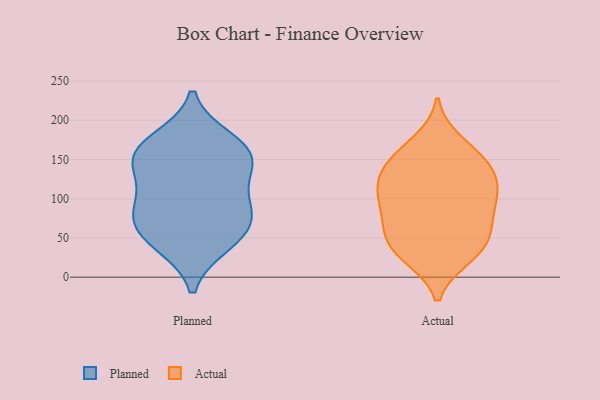
{"axis": {"x": "Humidity (%)", "y": "Value"}, "legend": ["Actual", "Planned"], "data": [{"x": "", "y": 73, "type": "Planned"}, {"x": "", "y": 70, "type": "Planned"}, {"x": "", "y": 140, "type": "Planned"}, {"x": "", "y": 99, "type": "Planned"}, {"x": "", "y": 156, "type": "Planned"}, {"x": "", "y": 94, "type": "Planned"}, {"x": "", "y": 174, "type": "Planned"}, {"x": "", "y": 43, "type": "Planned"}, {"x": "", "y": 162, "type": "Planned"}, {"x": "", "y": 147, "type": "Planned"}, {"x": "", "y": 49, "type": "Planned"}, {"x": "", "y": 101, "type": "Actual"}, {"x": "", "y": 47, "type": "Actual"}, {"x": "", "y": 130, "type": "Actual"}, {"x": "", "y": 134, "type": "Actual"}, {"x": "", "y": 88, "type": "Actual"}, {"x": "", "y": 25, "type": "Actual"}, {"x": "", "y": 26, "type": "Actual"}, {"x": "", "y": 106, "type": "Actual"}, {"x": "", "y": 163, "type": "Actual"}, {"x": "", "y": 173, "type": "Actual"}, {"x": "", "y": 92, "type": "Actual"}, {"x": "", "y": 55, "type": "Actual"}, {"x": "", "y": 82, "type": "Actual"}, {"x": "", "y": 115, "type": "Actual"}, {"x": "", "y": 140, "type": "Actual"}, {"x": "", "y": 58, "type": "Actual"}, {"x": "", "y": 129, "type": "Actual"}, {"x": "", "y": 54, "type": "Actual"}, {"x": "", "y": 154, "type": "Actual"}, {"x": "", "y": 29, "type": "Actual"}]}